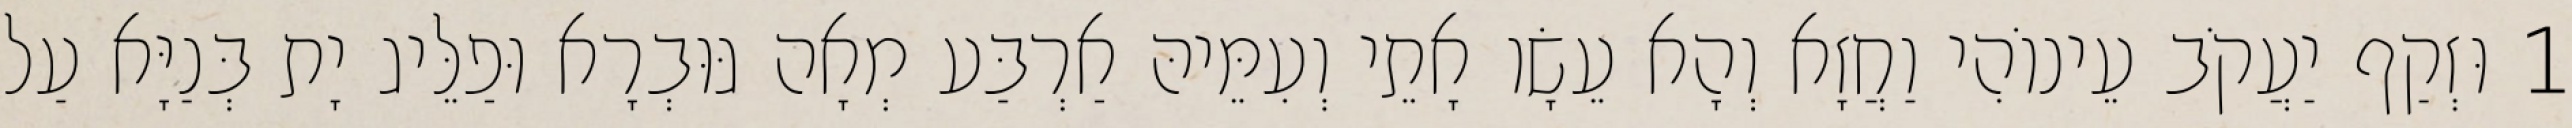
1 וּזְקַף יַעֲקֹב עֵינוֹהִי וַחֲזָא וְהָא עֵשָׂו אָתֵי וְעִמֵּיהּ אַרְבַּע מְאָה גּוּבְרָא וּפַלֵּיג יָת בְּנַיָּא עַל